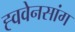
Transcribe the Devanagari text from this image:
ह्ववेनसांग